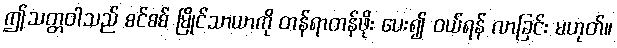
ဤသတ္တဝါသည် စင်စစ် မြိုင်သာယာကို တန်ရာတန်ဖိုး ပေး၍ ဝယ်ရန် လာခြင်း မဟုတ်။